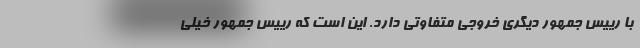
با رییس جمهور دیگری خروجی متفاوتی دارد. این است که رییس جمهور خیلی